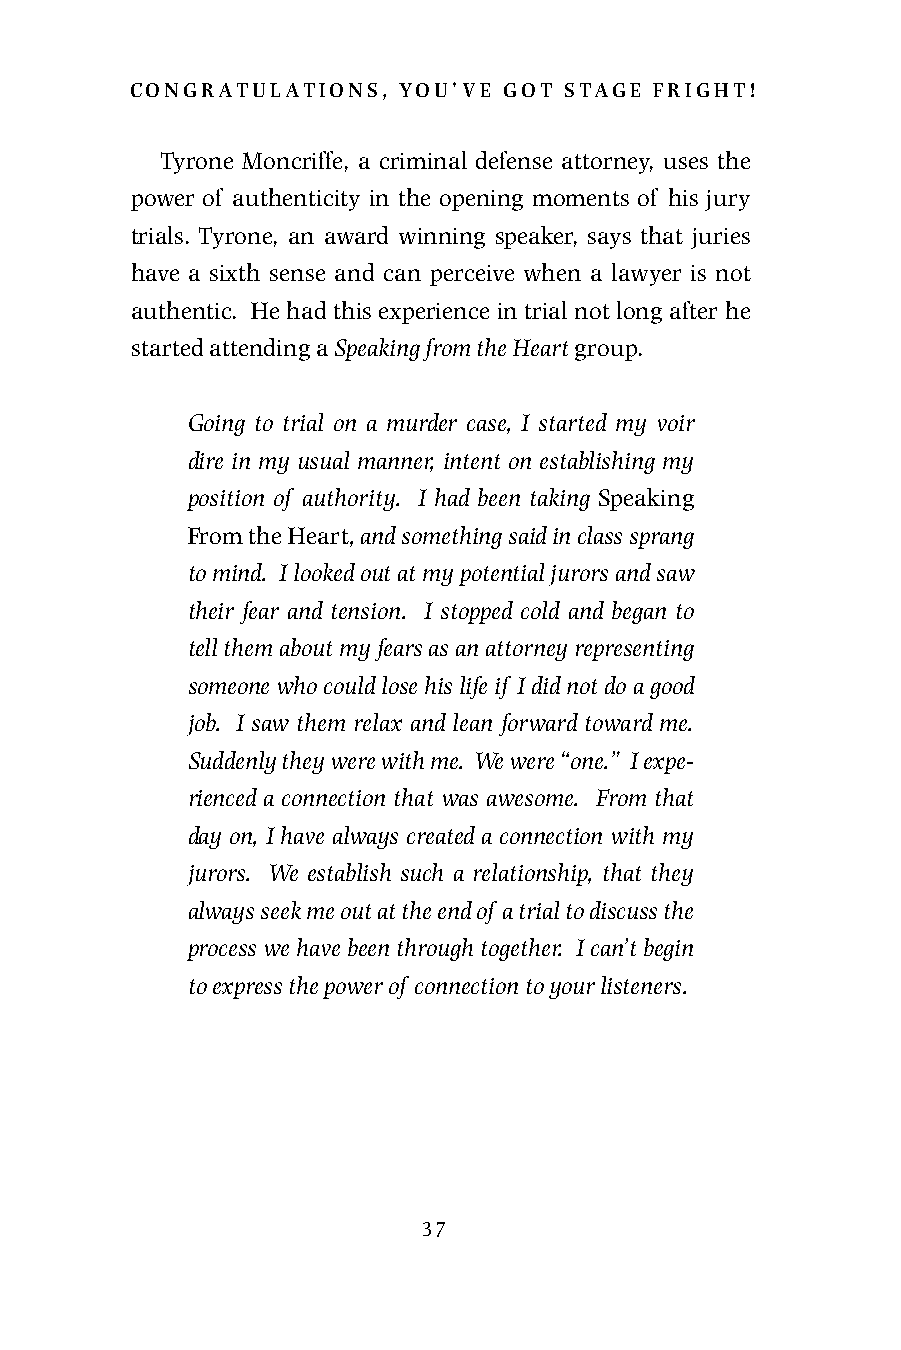
congratulations, you’ve got stage fright!
 Tyrone Moncriffe, a criminal defense attorney, uses the
 power of authenticity in the opening moments of his jury
 trials. Tyrone, an award winning speaker, says that juries
 have a sixth sense and can perceive when a lawyer is not
 authentic. He had this experience in trial not long after he
 started attending a Speaking from the Heart group.
 Going to trial on a murder case, I started my voir
 dire in my usual manner, intent on establishing my
 position of authority. I had been taking Speaking
 From the Heart, and something said in class sprang
 to mind. I looked out at my potential jurors and saw
 their fear and tension. I stopped cold and began to
 tell them about my fears as an attorney representing
 someone who could lose his life if I did not do a good
 job. I saw them relax and lean forward toward me.
 Suddenly they were with me. We were “one.” I expe-
 rienced a connection that was awesome. From that
 day on, I have always created a connection with my
 jurors. We establish such a relationship, that they
 always seek me out at the end of a trial to discuss the
 process we have been through together. I can’t begin
 to express the power of connection to your listeners.
 37